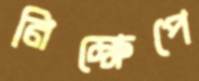
নিক্ষেপে